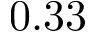
0 . 3 3